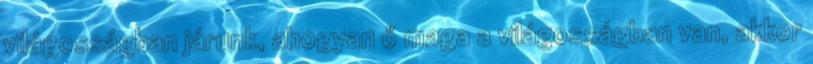
világosságban járunk, ahogyan ő maga a világosságban van, akkor